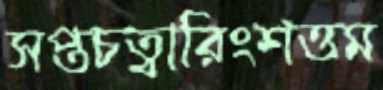
সপ্তচত্বারিংশত্তম